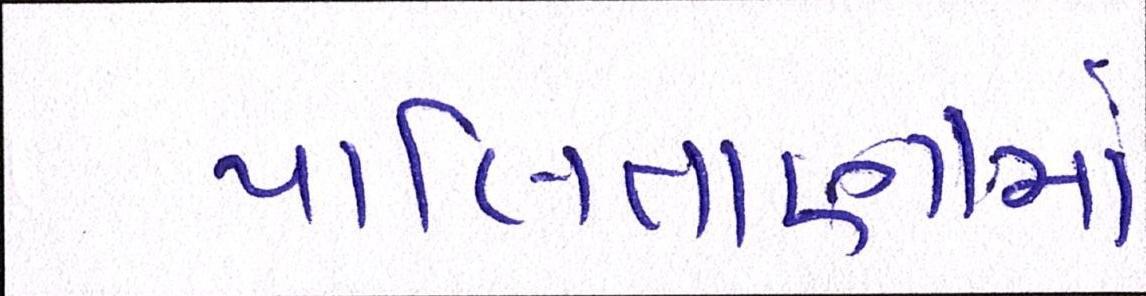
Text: પાલિતાણામાં